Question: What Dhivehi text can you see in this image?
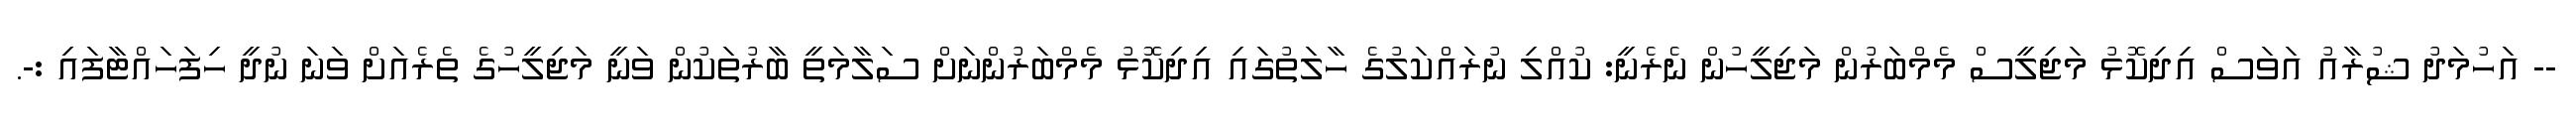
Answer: -- އަހުމަދު ޝުރާއު އަވަސް އިދިކޮޅު މަޖިލީސް މެމްބަރުން މަޖިލީހުން ނެރެނީ: ކުއްލި ނުރައްކަލުގެ ހާލަތުގައި އިދިކޮޅު މެމްބަރުންނަށް ސަލާމަތީ ބާރުތަކުން ވަނީ މަޖިލީހުގެ ތެރެއަށް ވަނަ ނުދީ ހިފަހައްޓާފައި :-.